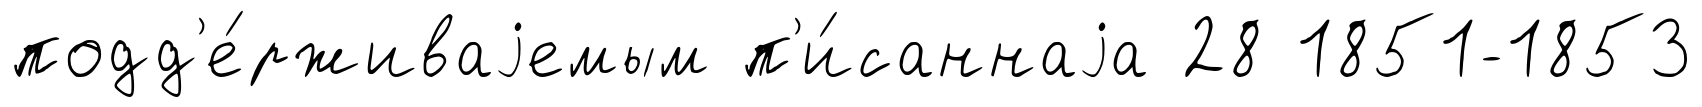
подд'е́рживаjемым п'и́саннаjа 28 1851-1853